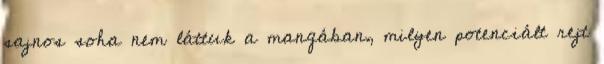
sajnos soha nem láttuk a mangában, milyen potenciált rejt